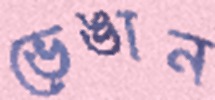
ভেঙান